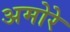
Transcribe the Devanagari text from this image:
अमोरे